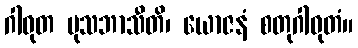
ဂါဝုတ မုသဘာသီတိ၊ ယောဇနံ စတုဂါဝုတံ။